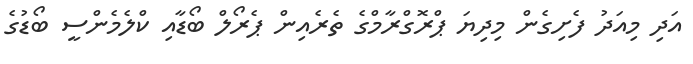
އަދި މިއަދު ފެށިގެން މިދިޔަ ޕްރޮގްރާމްގެ ތެރެއިން ޕެރޯލް ބޯޑާއި ކްލެމެންސީ ބޯޑުގެ